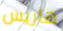
هاريس